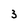
Character: 3